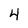
Character: 4